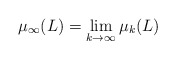
\begin{align*}\mu_{\infty}(L)=\lim_{k\to\infty}\mu_k(L)\end{align*}